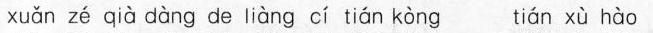
xuǎn zé qí à dàng de liǎng cí tiān kōng tiān xù hǎo